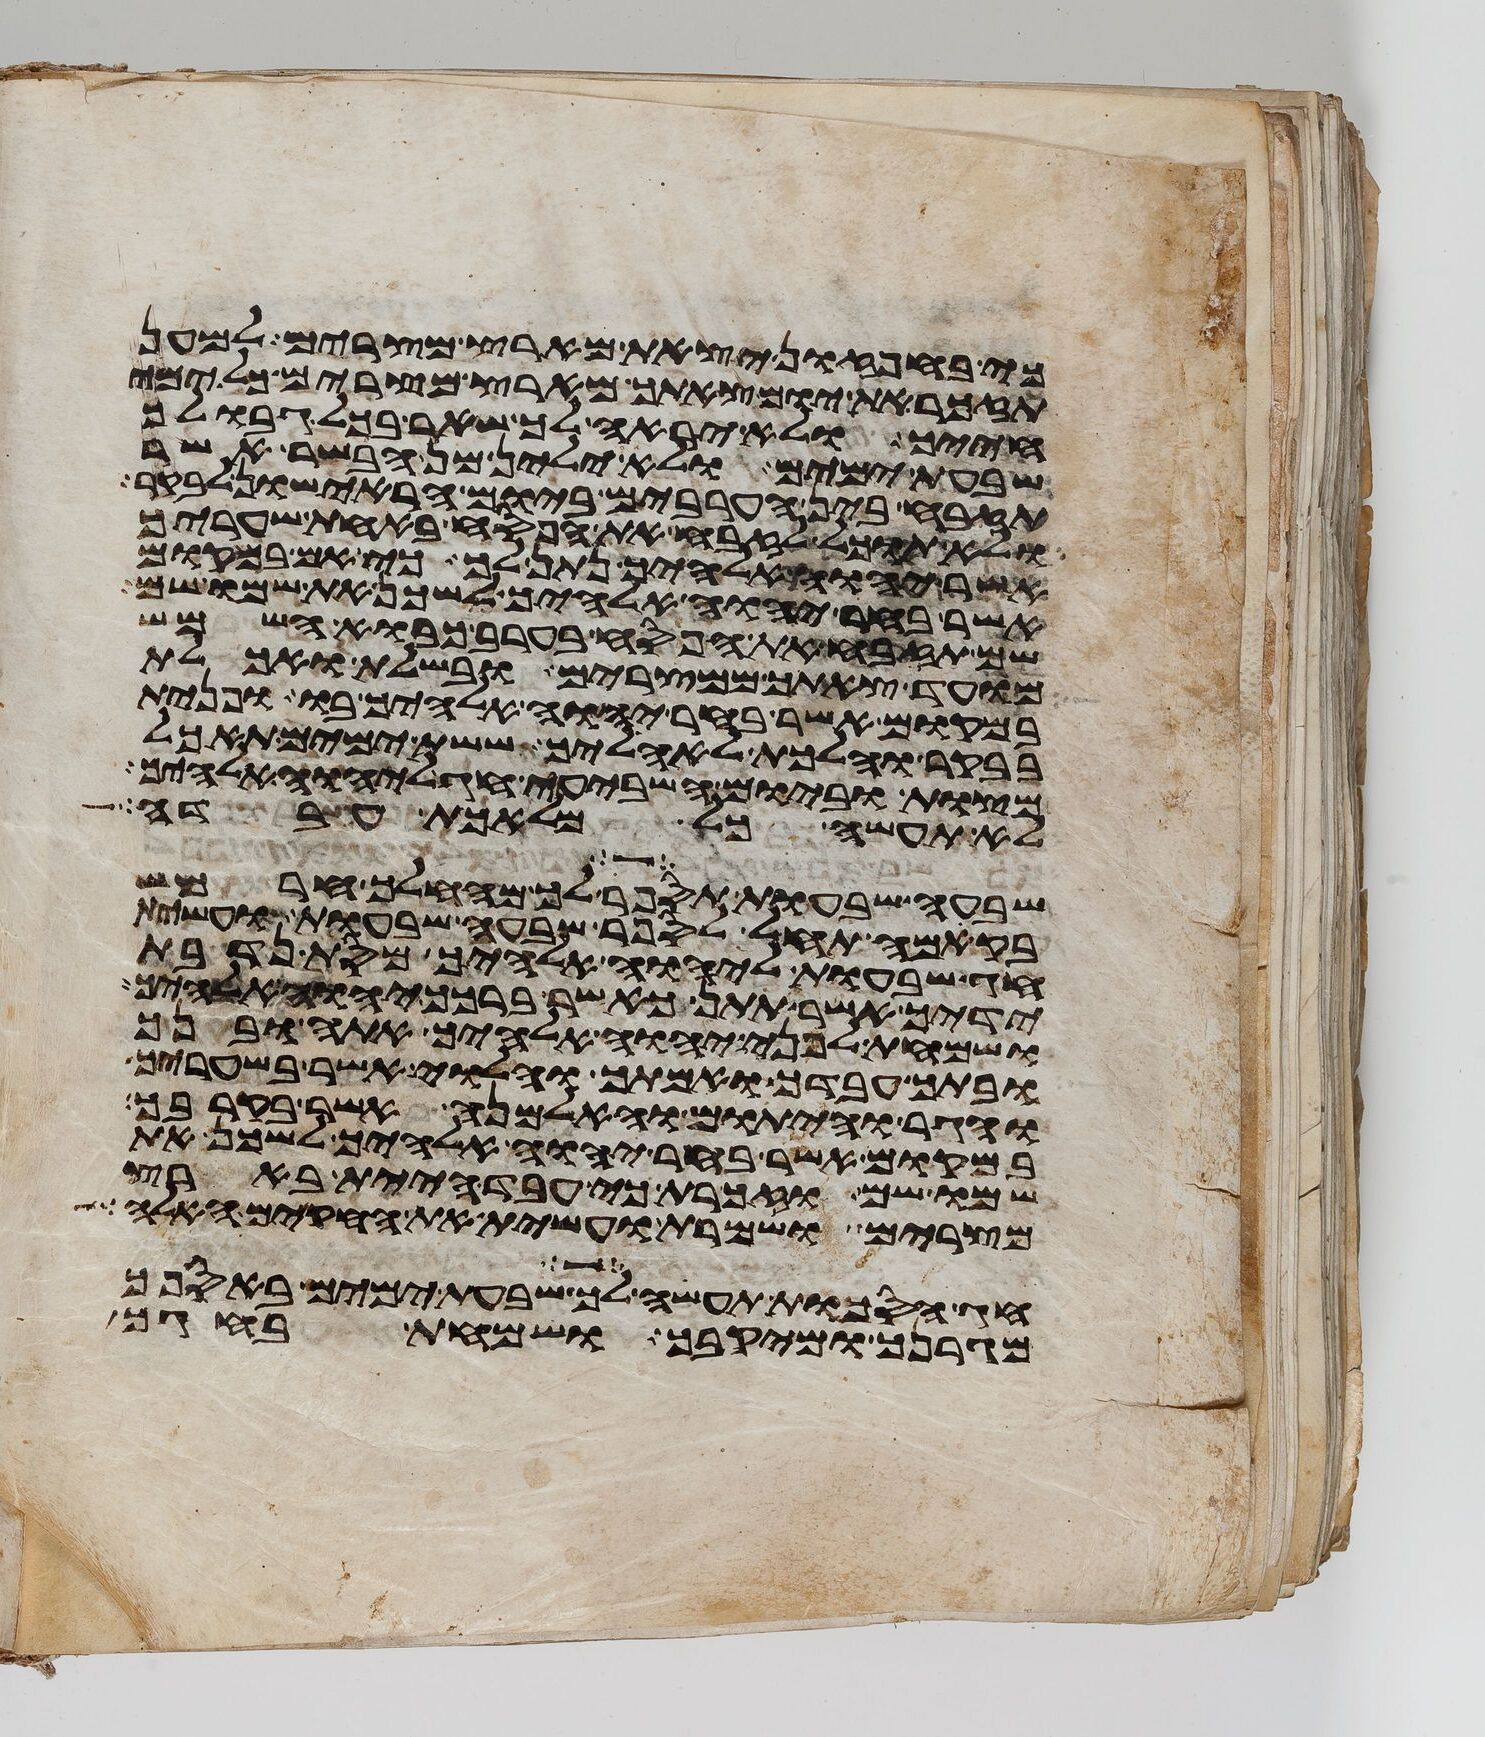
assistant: כי בחפזון יצאת מארץ מצרים למען
תזכר את יום צאתך מארץ מצרים כל ימי
חייך ולא יראה לך שאר בכל גבולך
שבעת ימים ולא ילין מן הבשר אשר
תזבח בין הערבים ביום הראישון לבקר
ולא תוכל לזבח את הפסח באחת שעריך
אשר יהוה אלהיך נתן לך כי אם במקום
אשר בחר יהוה אלהיך לשכן את שמו שם
שם תזבח את הפסח בערב כבוא השמש
מועד צאתך ממצרים ובשלת ואכלת
במקום אשר בחר יהוה אלהיך בו ופנית
בבקר והלכת לאהליך ששת ימים תאכל
מצות וביום השביעי חג ליהוה אלהיך
לא תעשה כל מלאכת עבדה
שבעה שבעות תספר לך מהחלך חרמש
בקמה תחל לספר שבעה שבעות ועשית
חג שבעות ליהוה אלהיך מסת נדבת
ידיך אשר תתן כאשר ברכך יהוה אלהיך
ושמחת לפני יהוה אלהיך אתה ובנך
ובתך עבדך ואמתך והלוי אשר בשעריך
והגר והיתום והאלמנה אשר בקרבך
במקום אשר בחר יהוה אלהיך לשכן את
שמו שם וזכרת כי עבד היית בארץ
מצרים ושמרת ועשית את החקים האלה
חג הסכות תעשה לך שבעת ימים באספך
מגרנך ומיקבך ושמחת בחגך